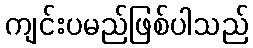
ကျင်းပမည်ဖြစ်ပါသည်